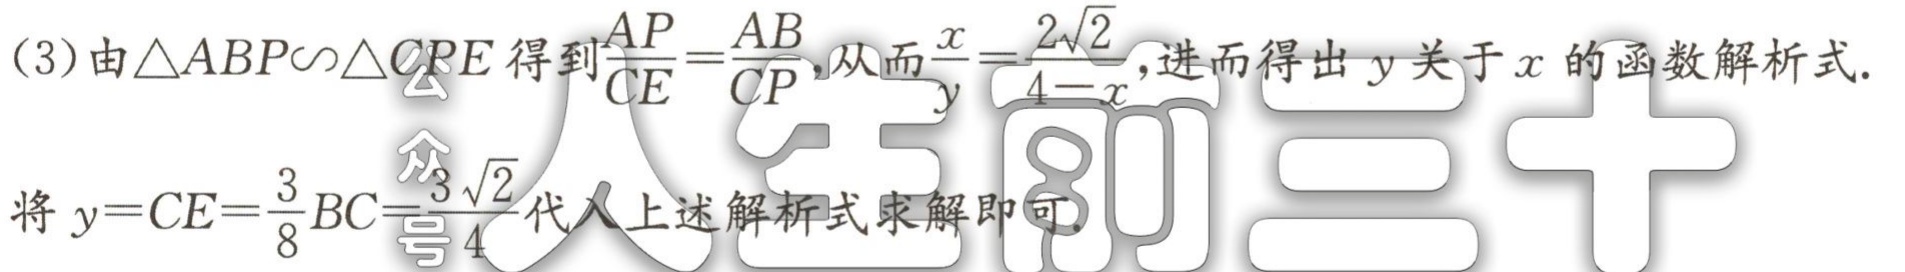
(3)由\(\triangle ABP\sim\triangle CPE\)得到\(\frac{AP}{CE}=\frac{AB}{CP}\)，从而\(\frac{x}{y}=\frac{2\sqrt{2}}{4 - x}\)，进而得出\(y\)关于\(x\)的函数解析式.
将\(y = CE=\frac{3}{8}BC=\frac{3\sqrt{2}}{4}\)代入上述解析式求解即可.